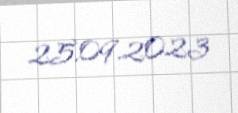
25.09.2023